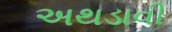
અથડાવી